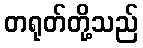
တရုတ်တို့သည်